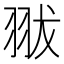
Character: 𦐗